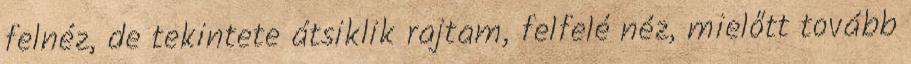
felnéz, de tekintete átsiklik rajtam, felfelé néz, mielőtt tovább